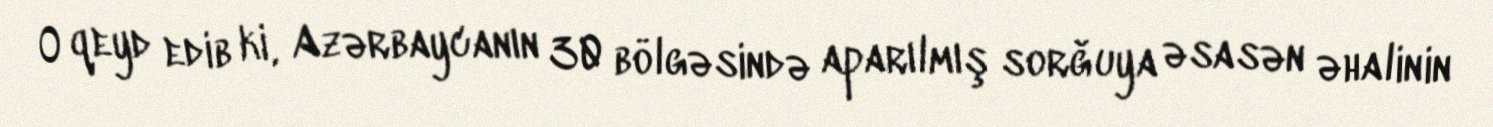
O qeyd edib ki, Azərbaycanın 30 bölgəsində aparılmış sorğuya əsasən əhalinin